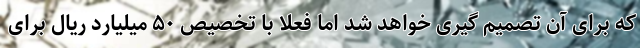
که برای آن تصمیم گیری خواهد شد اما فعلا با تخصیص ۵۰ میلیارد ریال برای